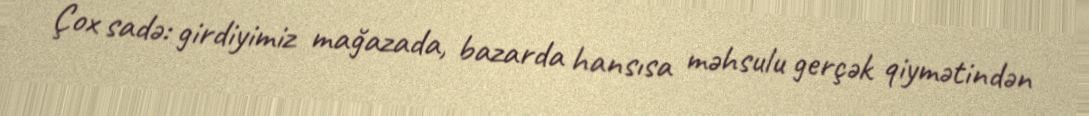
Çox sadə: girdiyimiz mağazada, bazarda hansısa məhsulu gerçək qiymətindən